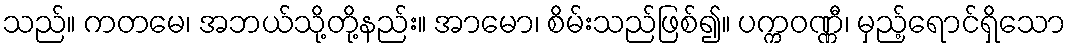
သည်။ ကတမေ၊ အဘယ်သို့တို့နည်း။ အာမော၊ စိမ်းသည်ဖြစ်၍။ ပက္ကဝဏ္ဏီ၊ မှည့်ရောင်ရှိသော